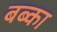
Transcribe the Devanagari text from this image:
बब्का